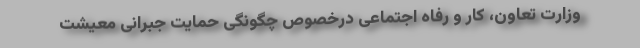
وزارت تعاون، کار و رفاه اجتماعی درخصوص چگونگی حمایت جبرانی معیشت